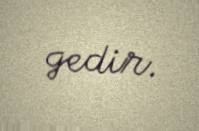
gedir.